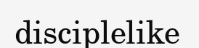
disciplelike